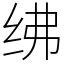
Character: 绋